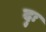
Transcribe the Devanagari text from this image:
दुः